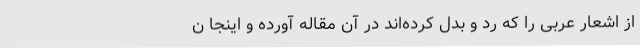
از اشعار عربی را که رد و بدل کرده‌اند در آن مقاله آورده و اینجا ن